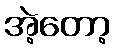
အဲ့တော့